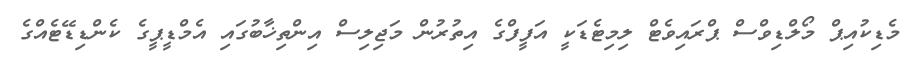
މެޑިކުއިޕް މޯލްޑިވްސް ޕްރައިވެޓް ލިމިޓެޑަކީ އަފީފްގެ އިތުރުން މަޖިލިސް އިންތިޚާބުގައި އެމްޑީޕީގެ ކެންޑިޑޭޓެއްގެ